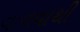
વાવવાથી